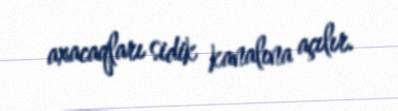
axacaqları sidik kanalına açılır.